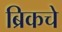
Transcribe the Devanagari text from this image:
ब्रिकचे